Annual report on the working of the lock hospitals in the North-Western Provinces and Oudh
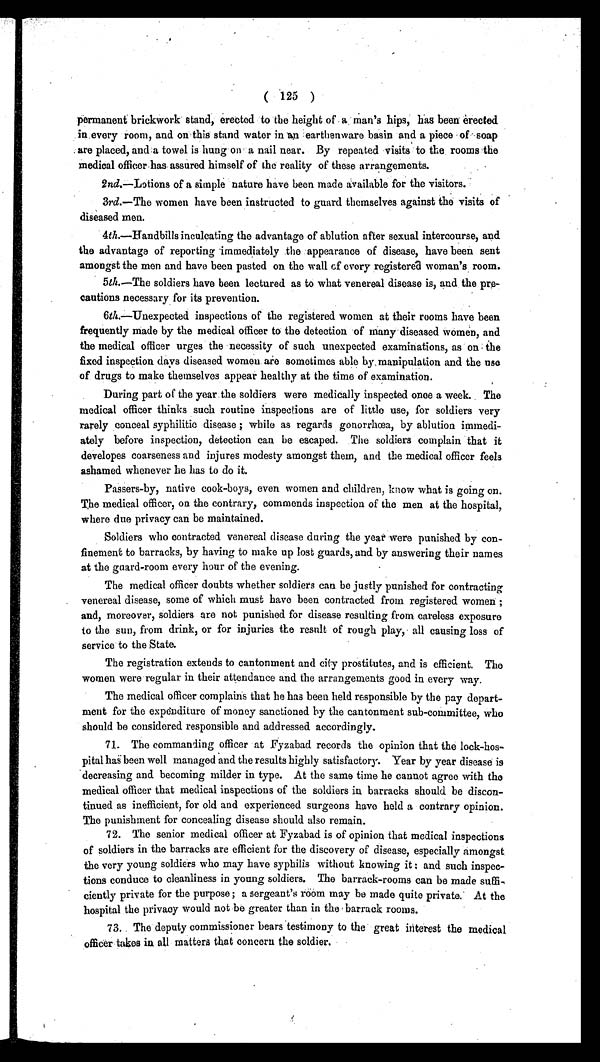
( 125 )
permanent brickwork stand, erected to the height of a man's hips, has been erected
in every room, and on this stand water in an earthenware basin and a piece of soap
are placed, and a towel is hung on a nail near. By repeated visits to the rooms the
medical officer has assured himself of the reality of these arrangements.
2nd.—Lotions of a simple nature have been made available for the visitors.
3rd.—The women have been instructed to guard themselves against the visits of
diseased men.
4th.—Handbills inculcating the advantage of ablution after sexual intercourse, and
the advantage of reporting immediately the appearance of disease, have been sent
amongst the men and have been pasted on the wall of every registered woman's room.
5th. —The soldiers have been lectured as to what venereal disease is, and the pre-
cautions necessary for its prevention.
6th.—Unexpected inspections of the registered women at their rooms have been
frequently made by the medical officer to the detection of Many diseased women, and
the medical officer urges the necessity of such unexpected examinations, as on the
fixed inspection days diseased women are sometimes able by manipulation and the use
of drugs to make themselves appear healthy at the time of examination.
During part of the year the soldiers were medically inspected once a week. The
medical officer thinks such routine inspections are of little use, for soldiers very
rarely conceal syphilitic disease; while as regards gonorrhœa, by ablution immedi-
ately before inspection, detection can be escaped. The soldiers complain that it
developes coarseness and injures modesty amongst them, and the medical officer feels
ashamed whenever he has to do it.
Passers-by, native cook-boys, even women and children, know what is going on.
The medical officer, on the contrary, commends inspection of the men at the hospital,
where due privacy can be maintained.
Soldiers who contracted venereal disease during the year were punished by con-
finement to barracks, by having to make up lost guards, and by answering their names
at the guard-room every hour of the evening.
The medical officer doubts whether soldiers can be justly punished for contracting
venereal disease, some of which must have been contracted from registered women;
and, moreover, soldiers are not punished for disease resulting from careless exposure
to the sun, from drink, or for injuries the result of rough play, all causing loss of
service to the State.
The registration extends to cantonment and city prostitutes, and is efficient. The
women were regular in their attendance and the arrangements good in every way.
The medical officer complains that he has been held responsible by the pay depart-
ment for the expenditure of money sanctioned by the cantonment sub-committee, who
should be considered responsible and addressed accordingly.
71. The commanding officer at Fyzabad records the opinion that the lock-hos-
pital has been well managed and the results highly satisfactory. Year by year disease is
decreasing and becoming milder in type. At the same time he cannot agree with the
medical officer that medical inspections of the soldiers in barracks should be discon-
tinued as inefficient, for old and experienced surgeons have held a contrary opinion.
The punishment for concealing disease should also remain.
72. The senior medical officer at Fyzabad is of opinion that medical inspections
of soldiers in the barracks are efficient for the discovery of disease, especially amongst
the very young soldiers who may have syphilis without knowing it: and such inspec-
tions conduce to cleanliness in young soldiers. The barrack-rooms can be made suffi-
ciently private for the purpose; a sergeant's room may be made quite private. At the
hospital the privacy would not be greater than in the barrack rooms.
73. The deputy commissioner bears testimony to the great interest the medical
officer takes in all matters that concern the soldier.